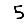
Digit: 5